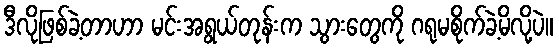
ဒီလိုဖြစ်ခဲ့တာဟာ မင်းအရွယ်တုန်းက သွားတွေကို ဂရုမစိုက်ခဲ့မိလို့ပဲ။